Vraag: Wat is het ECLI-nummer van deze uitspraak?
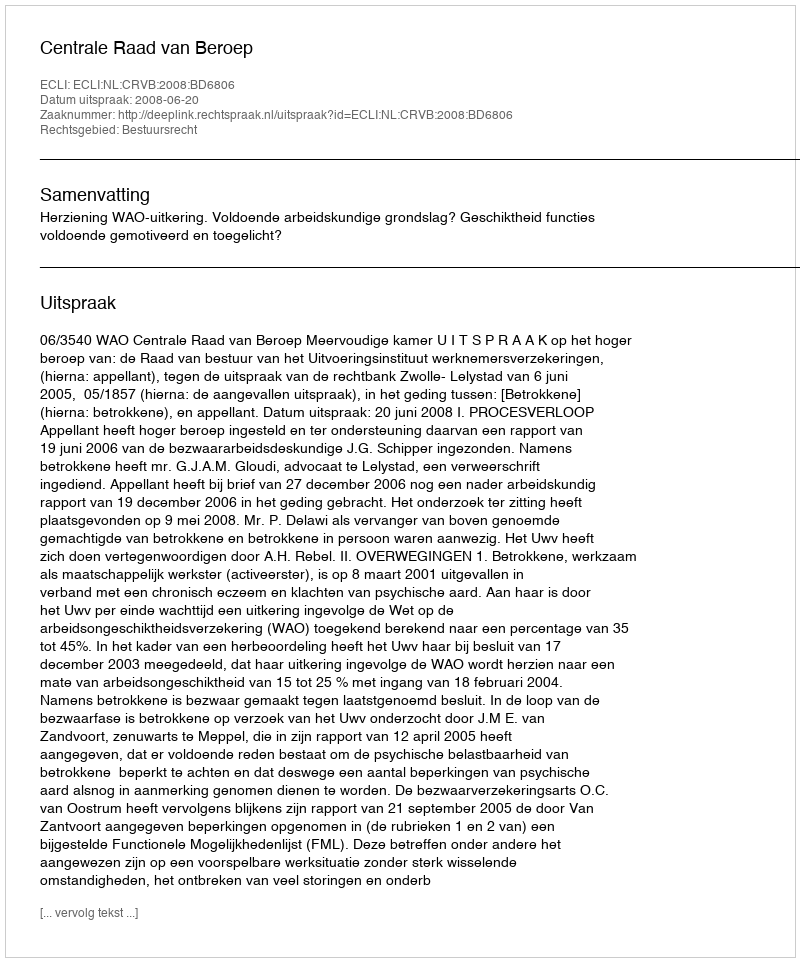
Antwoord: ECLI:NL:CRVB:2008:BD6806